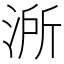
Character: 𣷲